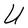
Character: U